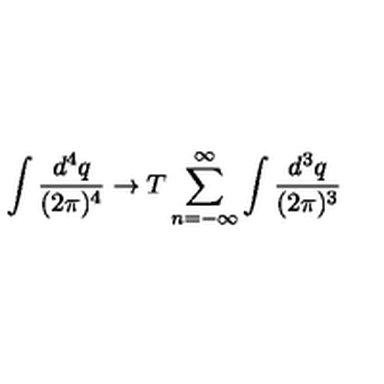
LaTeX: \int \frac { d ^ { 4 } q } { ( 2 \pi ) ^ { 4 } } \rightarrow T \sum _ { n = - \infty } ^ { \infty } \int \frac { d ^ { 3 } q } { ( 2 \pi ) ^ { 3 } }